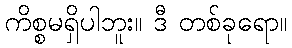
ကိစ္စမရှိပါဘူး။ ဒီ တစ်ခုရော။